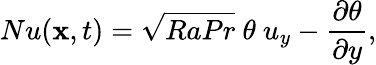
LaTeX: Nu({\mathbf x},t)=\sqrt{RaPr}~\theta~u_{y}-\frac{\partial\theta}{\partial y},